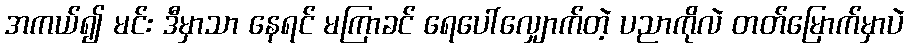
အကယ်၍ မင်း ဒီမှာသာ နေရင် မကြာခင် ရေပေါ်လျှောက်တဲ့ ပညာကိုလဲ တတ်မြောက်မှာပဲ